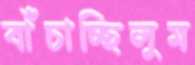
বাঁচাচ্ছিলুম